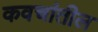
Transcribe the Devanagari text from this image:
कवचांतील